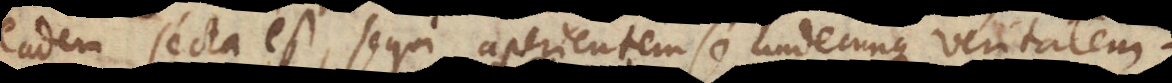
eadem secta est, sequi aperientem se undecunque veritatem.